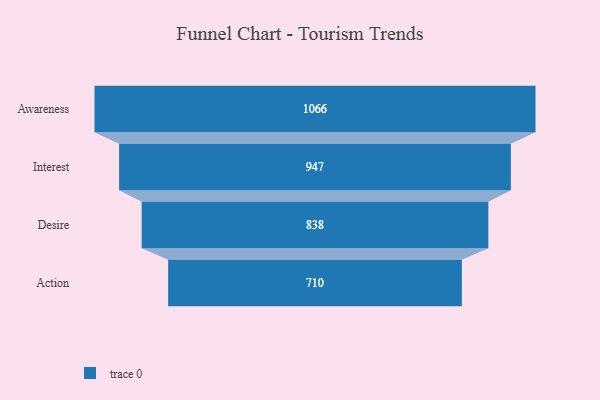
{"axis": {"x": "Stage", "y": "Value"}, "legend": [""], "data": [{"x": "Awareness", "y": 1066.0, "type": ""}, {"x": "Interest", "y": 947.0, "type": ""}, {"x": "Desire", "y": 838.0, "type": ""}, {"x": "Action", "y": 710.0, "type": ""}]}